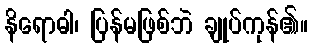
နိရောဓါ၊ ပြန်မဖြစ်ဘဲ ချုပ်ကုန်၏။